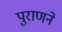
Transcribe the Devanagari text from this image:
पुराणने